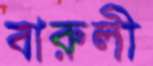
বারুলী